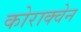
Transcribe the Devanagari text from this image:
कोराक्वेन